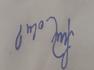
Signature authenticity: forged